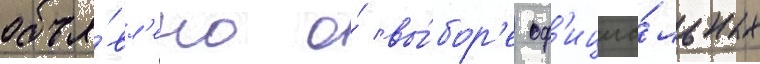
объя́вл'ено о́ вы́бор'е оф'ициа́льных